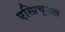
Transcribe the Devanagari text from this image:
एस्प्रिचुअल